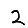
Digit: 2